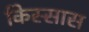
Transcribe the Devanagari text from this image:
किस्सास